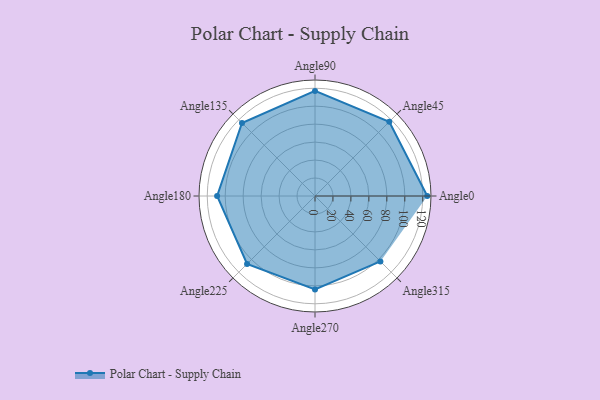
{"axis": {"x": "Angle", "y": "Radius"}, "legend": [""], "data": [{"x": "Angle0", "y": 125.0, "type": ""}, {"x": "Angle45", "y": 117.0, "type": ""}, {"x": "Angle90", "y": 117.0, "type": ""}, {"x": "Angle135", "y": 115.0, "type": ""}, {"x": "Angle180", "y": 109.0, "type": ""}, {"x": "Angle225", "y": 107.0, "type": ""}, {"x": "Angle270", "y": 104.0, "type": ""}, {"x": "Angle315", "y": 103.0, "type": ""}]}